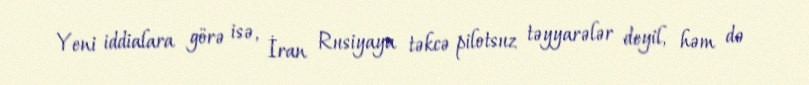
Yeni iddialara görə isə, İran Rusiyaya təkcə pilotsuz təyyarələr deyil, həm də